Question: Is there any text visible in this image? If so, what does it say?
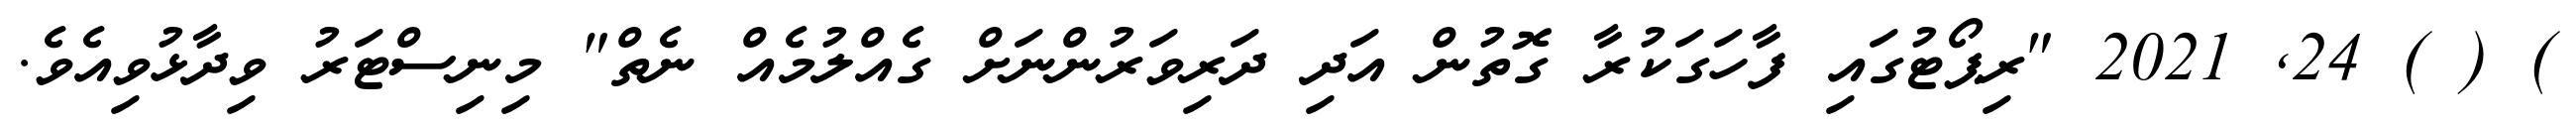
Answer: ) ( ) 24, 2021 "ރިޕޯޓުގައި ފާހަގަކުރާ ގޮތުން އަދި ދަރިވަރުންނަށް ގެއްލުމެއް ނެތް" މިނިސްޓަރު ވިދާޅުވިއެވެ.